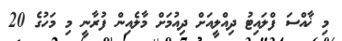
މި ޚާއްސަ ފްލައިޓު ދިއްލީއަށް ދިއުމަށް މާލެއިން ފުރާނީ މި މަހުގެ 20